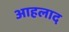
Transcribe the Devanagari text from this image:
आहलाद